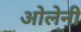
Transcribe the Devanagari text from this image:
ओलेनी